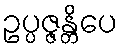
ဥပ္ပဇ္ဇန္တိပေ